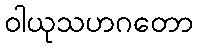
ဝါယုသဟဂတော